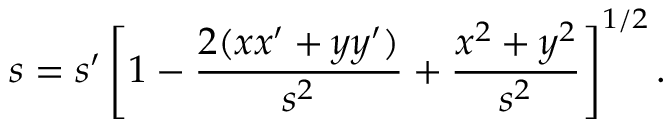
s = s ^ { \prime } \left[ 1 - { \frac { 2 ( x x ^ { \prime } + y y ^ { \prime } ) } { s ^ { 2 } } } + { \frac { x ^ { 2 } + y ^ { 2 } } { s ^ { 2 } } } \right] ^ { 1 / 2 } .